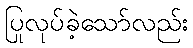
ပြုလုပ်ခဲ့သော်လည်း